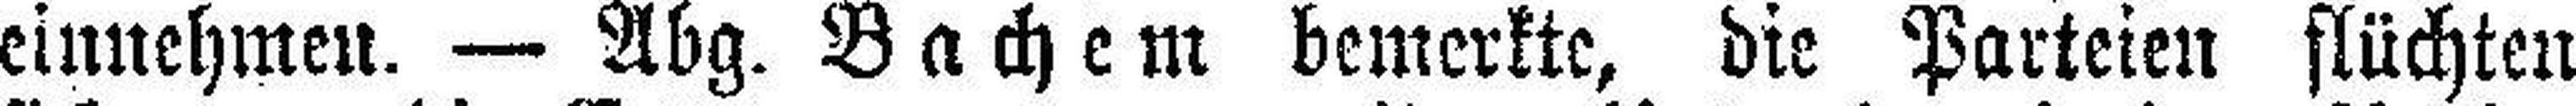
einnehmen. — Abg. Bachem bemerkte, die Parteien flüchten